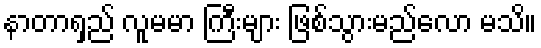
နာတာရှည် လူမမာ ကြီးများ ဖြစ်သွားမည်လော မသိ။